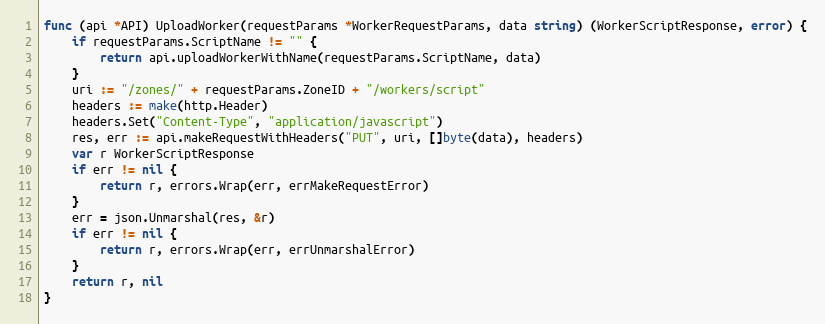
Language: Go
func (api *API) UploadWorker(requestParams *WorkerRequestParams, data string) (WorkerScriptResponse, error) {
	if requestParams.ScriptName != "" {
		return api.uploadWorkerWithName(requestParams.ScriptName, data)
	}
	uri := "/zones/" + requestParams.ZoneID + "/workers/script"
	headers := make(http.Header)
	headers.Set("Content-Type", "application/javascript")
	res, err := api.makeRequestWithHeaders("PUT", uri, []byte(data), headers)
	var r WorkerScriptResponse
	if err != nil {
		return r, errors.Wrap(err, errMakeRequestError)
	}
	err = json.Unmarshal(res, &r)
	if err != nil {
		return r, errors.Wrap(err, errUnmarshalError)
	}
	return r, nil
}